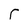
Character: r